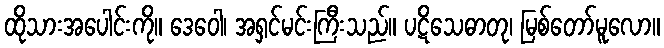
ထိုသားအပေါင်းကို။ ဒေဝေါ၊ အရှင်မင်းကြီးသည်။ ပဋိသေဓာတု၊ မြစ်တော်မူလော။